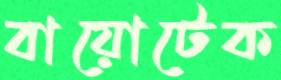
বায়োটেক